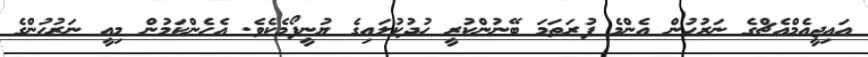
އައިޖީއެމްއެޗްގެ ނަރުހުން އެންމެ ފުރަތަމަ ބޭނުންކުރީ ހުދުކުލައިގެ ޔުނީފޯމެކެވެ. އެހެންކަމުން މިއީ ނަރުހުންގެ